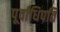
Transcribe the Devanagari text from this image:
पूर्वाधिपति